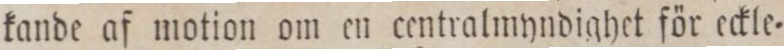
kande af motion om en centralmyndighet för eckle=